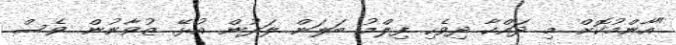
"އާންމުކޮށް މި ދައްކާ ދިވެހި ފިލްމު ބަލަން ލަދުން އުޅޭ ޒުވާނުން ވެސް